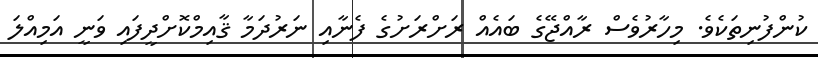
ކުންފުނިތަކެވެ. މިހާރުވެސް ރާއްޖޭގެ ބައެއް ރަށްރަށުގެ ފެނާއި ނަރުދަމާ ޤާއިމްކޮށްދީފައި ވަނީ އަމިއްލަ